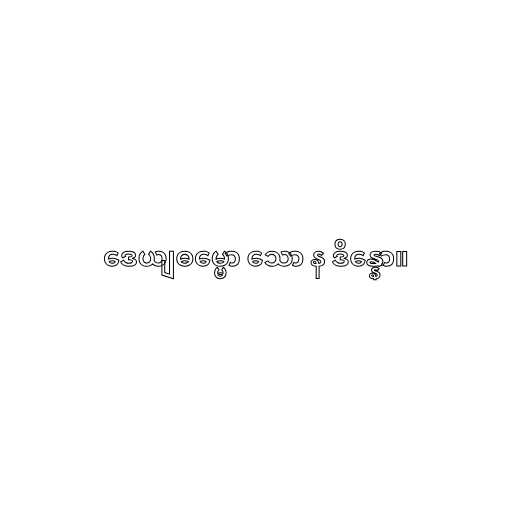
ဒေယျဓမ္မော သော န ဒိန္နော။